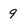
Character: 9